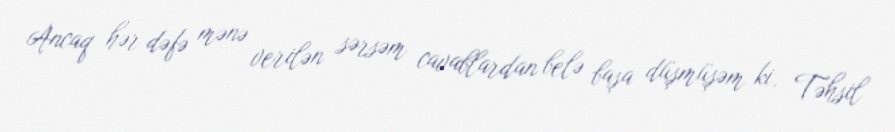
Ancaq hər dəfə mənə verilən sərsəm cavablardan belə başa düşmüşəm ki, Təhsil